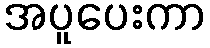
အပူပေးကာ